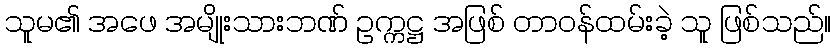
သူမ၏ အဖေ အမျိုးသားဘဏ် ဥက္ကဋ္ဌ အဖြစ် တာဝန်ထမ်းခဲ့ သူ ဖြစ်သည်။